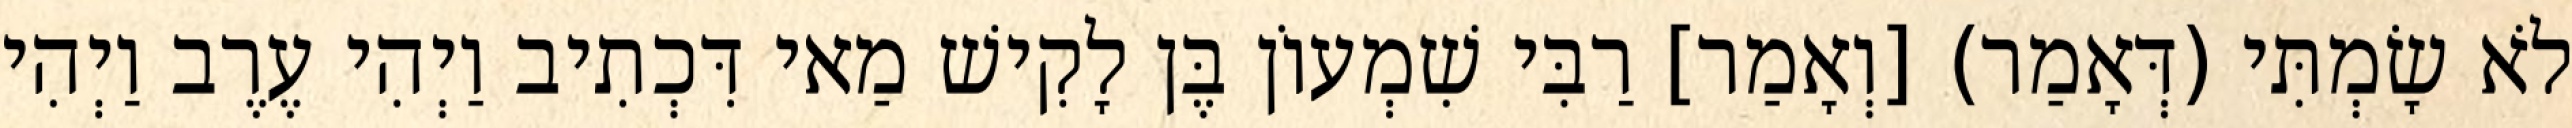
לֹא שָׂמְתִּי (דְּאָמַר) [וְאָמַר] רַבִּי שִׁמְעוֹן בֶּן לָקִישׁ מַאי דִּכְתִיב וַיְהִי עֶרֶב וַיְהִי